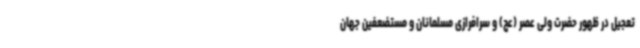
تعجیل در ظهور حضرت ولی عصر (عج) و سرافرازی مسلمانان و مستضعفین جهان